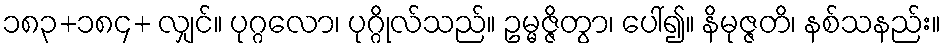
၁၈၃+၁၈၄+ လျှင်။ ပုဂ္ဂလော၊ ပုဂ္ဂိုလ်သည်။ ဥမ္မဇ္ဇိတွာ၊ ပေါ်၍။ နိမုဇ္ဇတိ၊ နစ်သနည်း။